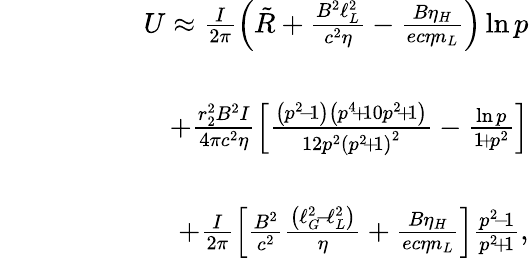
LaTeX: \begin{array}{rlr}&{}&{U\approx\frac{I}{2\pi}\left(\tilde{R}+\frac{B^{2}\ell_{L}^{2}}{c^{2}\eta}-\frac{B\eta_{H}}{ec\eta n_{L}}\right)\ln p}\\ &{}&\\ &{}&{\qquad\qquad+\frac{r_{2}^{2}B^{2}I}{4\pi c^{2}\eta}\left[\frac{\left(p^{2}\! -\! 1\right)\left(p^{4}\! +\! 10p^{2}\! +\! 1\right)}{12p^{2}\left(p^{2}\! +\! 1\right)^{2}}-\frac{\ln p}{1\! +\! p^{2}}\right]}\\ &{}&\\ &{}&{\qquad\qquad+\frac{I}{2\pi}\left[\frac{B^{2}}{c^{2}}\frac{\left(\ell_{G}^{2}\! -\! \ell_{L}^{2}\right)}{\eta}+\frac{B\eta_{H}}{ec\eta n_{L}}\right]\frac{p^{2}\! -\! 1}{p^{2}\! +\! 1},}\end{array}